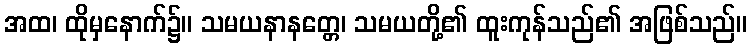
အထ၊ ထိုမှနောက်၌။ သမယနာနတ္တေ၊ သမယတို့၏ ထူးကုန်သည်၏ အဖြစ်သည်။